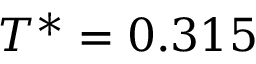
T ^ { * } = 0 . 3 1 5